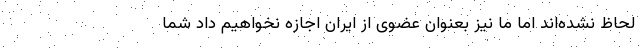
لحاظ نشده‌اند اما ما نیز بعنوان عضوی از ایران اجازه نخواهیم داد شما